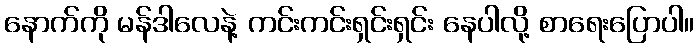
နောက်ကို မန်ဒါလေနဲ့ ကင်းကင်းရှင်းရှင်း နေပါလို့ စာရေးပြောပါ။